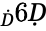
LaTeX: _Ḋ6Ḍ